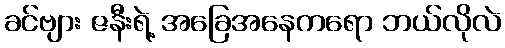
ခင်ဗျား ဇနီးရဲ့ အခြေအနေကရော ဘယ်လိုလဲ